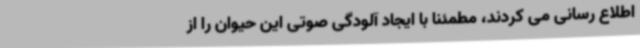
اطلاع رسانی می کردند، مطمئنا با ایجاد آلودگی صوتی این حیوان را از